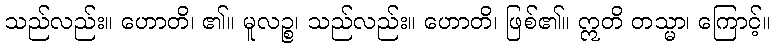
သည်လည်း။ ဟောတိ၊ ၏။ မူလဉ္စ၊ သည်လည်း။ ဟောတိ၊ ဖြစ်၏။ ဣတိ တသ္မာ၊ ကြောင့်။